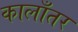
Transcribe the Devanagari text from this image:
कालाँतर